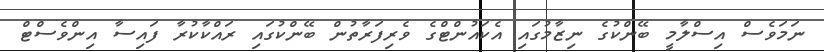
ނަމަވެސް އިސްލާމީ ބޭންކުގެ ނިޒާމުގައި އެކައުންޓްގެ ވެރިފަރާތުން ބޭންކުގައި ރައްކާކުރާ ފައިސާ އިންވެސްޓް